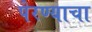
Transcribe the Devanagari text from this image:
पेरण्याचा